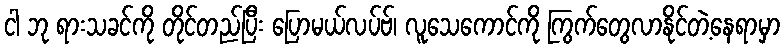
ငါ ဘု ရားသခင်ကို တိုင်တည်ပြီး ပြောမယ်လပ်ဗ်၊ လူသေကောင်ကို ကြွက်တွေလာနိုင်တဲ့နေရာမှာ